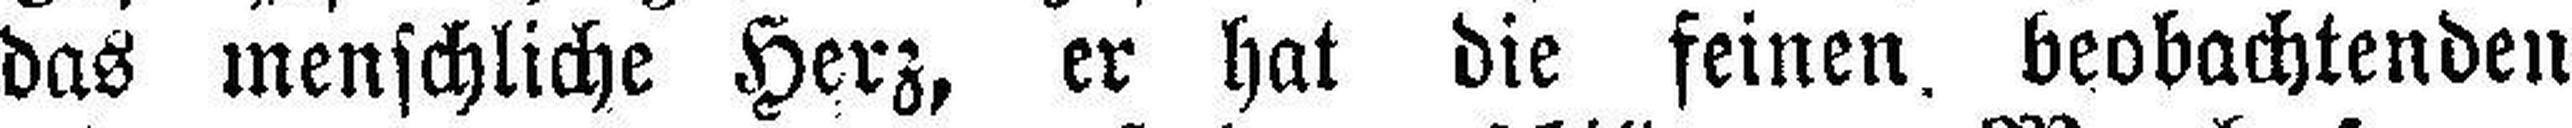
das menschliche Herz, er hat die feinen, beobachtenden